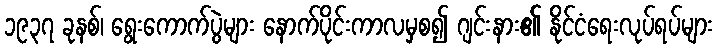
၁၉၃၇ ခုနစ်၊ ရွေးကောက်ပွဲများ နောက်ပိုင်းကာလမှစ၍ ဂျင်းနား၏ နိုင်ငံရေးလုပ်ရပ်များ